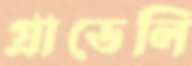
গ্রাভেলি